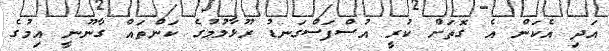
އަދި އެކަން އެ ގޮތަށް ކުރީ އުސްފަސްގަނޑު ރޫޅާލުމުގެ ކަންތައް ގާނޫނީ އިމުގެ